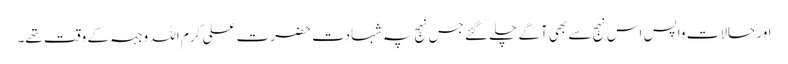
اور حالات واپس اس نہج سے بھی آگے چلے گئے جس نہج پہ شہادت حضرت علی کرم اللہ وجہہ کے وقت تھے۔